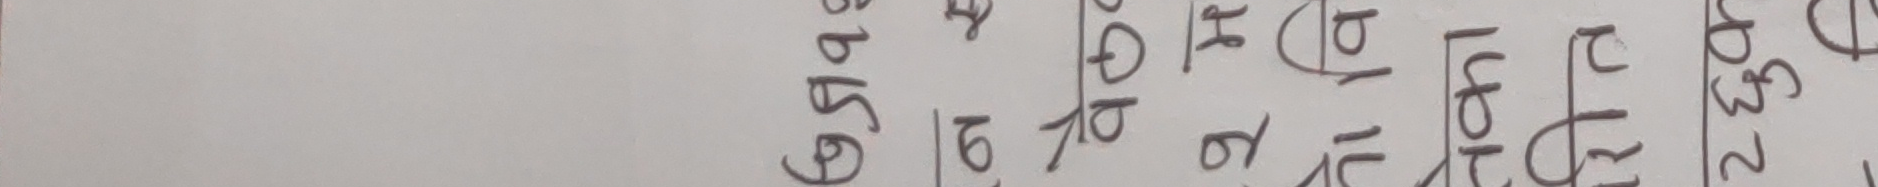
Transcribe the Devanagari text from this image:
सातामा ८१७ घ १ ला ८ घण्२ घण्टा

The provided image is rotated. After rotating it to the correct orientation, the text appears to be:
"सातामा ८१७ घ १ ला ८ घण्२ घण्टा"